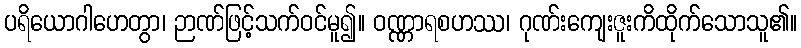
ပရိယောဂါဟေတွာ၊ ဉာဏ်ဖြင့်သက်ဝင်မူ၍။ ဝဏ္ဏာရစဟဿ၊ ဂုဏ်းကျေးဇူးကိထိုက်သောသူ၏။